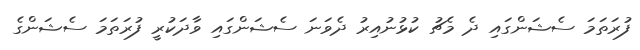
ފުރަތަމަ ސެޝަންގައި ދެ މެޗު ކުޅުނުއިރު ދެވަނަ ސެޝަންގައި ވާދަކުރީ ފުރަތަމަ ސެޝަންގެ